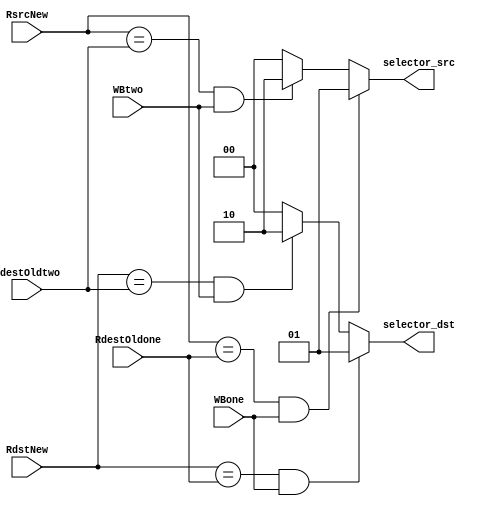
// Forwarding Unit Module 
module FU(
    input [2:0] RsrcNew,
    input [2:0] RdstNew,
    input [2:0] RdestOldone,
    input [2:0] RdestOldtwo,
    input WBone,
    input WBtwo,

    output [1:0] selector_src,
    output [1:0] selector_dst
    );
    assign selector_src = 
    (RsrcNew == RdestOldone && WBone == 1) ? 2'b01 :
    (RsrcNew == RdestOldtwo && WBtwo == 1) ? 2'b10 : 2'b00;

    assign selector_dst = 
    (RdstNew == RdestOldone && WBone == 1) ? 2'b01 :
    (RdstNew == RdestOldtwo && WBtwo == 1) ? 2'b10 : 2'b00;
endmodule